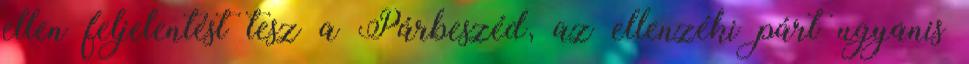
ellen feljelentést tesz a Párbeszéd, az ellenzéki párt ugyanis